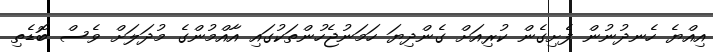
އިއްޔެ ހެނދުނުން ފެށިގެން ކުރިއަށް ގެންދިޔަ ހަމަނުޖެހުންތަކުގައި އާއްމުންގެ މުދަލަށް ވެސް ބޮޑެތި